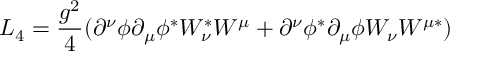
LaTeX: { \cal L } _ { 4 } = \frac { g ^ { 2 } } { 4 } ( \partial ^ { \nu } \phi \partial _ { \mu } \phi ^ { \ast } W _ { \nu } ^ { \ast } W ^ { \mu } + \partial ^ { \nu } \phi ^ { \ast } \partial _ { \mu } \phi W _ { \nu } W ^ { \mu \ast } )